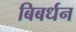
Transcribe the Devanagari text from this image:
बिबर्धन